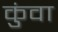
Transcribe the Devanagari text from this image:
कुंवा